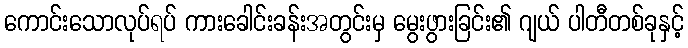
ကောင်းသောလုပ်ရပ် ကားခေါင်းခန်းအတွင်းမှ မွေးဖွားခြင်း၏ ဂျယ် ပါတီတစ်ခုနှင့်